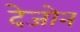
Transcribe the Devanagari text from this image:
देजोन